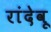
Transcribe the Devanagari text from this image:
रांदेवू